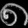
Digit: ၈